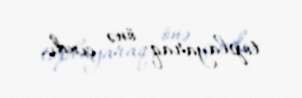
toplayaraq önə çıxdı.